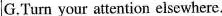
G.Turn your attention elsewhere.